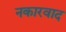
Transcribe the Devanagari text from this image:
नकारवाद